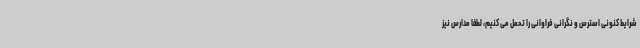
شرایط کنونی استرس و نگرانی فراوانی را تحمل می کنیم، لطفا مدارس نیز